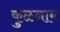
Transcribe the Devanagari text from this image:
कुळनाम